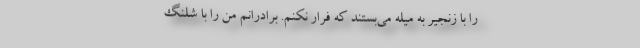
را با زنجیر به میله می‌بستند که فرار نکنم. برادرانم من را با شلنگ